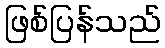
ဖြစ်ပြန်သည်